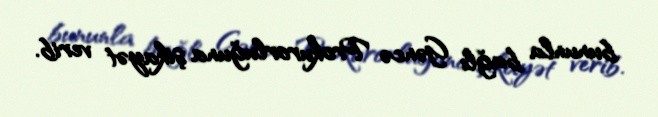
bununla bağlı Gəncə Prokurorluğuna şikayət verib.